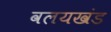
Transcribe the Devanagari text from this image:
वलयखंड